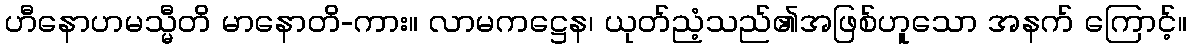
ဟီနောဟမသ္မီတိ မာနောတိ-ကား။ လာမကဋ္ဌေန၊ ယုတ်ညံ့သည်၏အဖြစ်ဟူသော အနက် ကြောင့်။